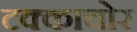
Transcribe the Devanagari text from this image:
टक्काचोर